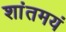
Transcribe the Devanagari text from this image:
शांतमयं